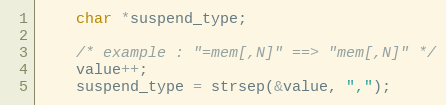
Language: C
	char *suspend_type;

	/* example : "=mem[,N]" ==> "mem[,N]" */
	value++;
	suspend_type = strsep(&value, ",");